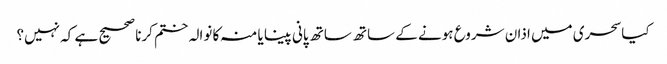
کیاسحری میں اذان شروع ہونے کے ساتھ ساتھ پانی پینا یا منہ کا نوالہ ختم کرنا صحیح ہے کہ نہیں؟